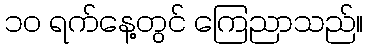
၁၀ ရက်နေ့တွင် ကြေညာသည်။